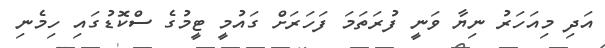
އަދި މިއަހަރު ނިޔާ ވަނީ ފުރަތަމަ ފަހަރަށް ގައުމީ ޓީމުގެ ސްކޮޑުގައި ހިމެނި